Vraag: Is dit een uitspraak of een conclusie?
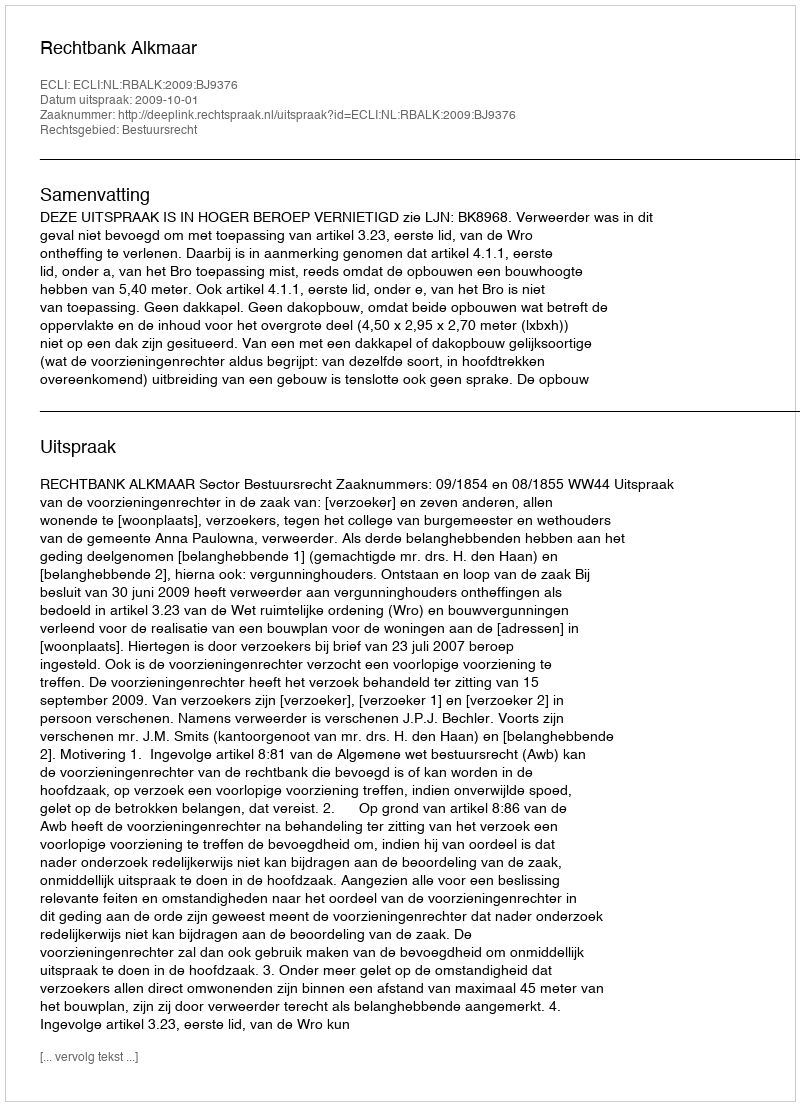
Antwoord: Uitspraak